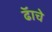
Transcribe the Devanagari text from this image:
ढॅाचे